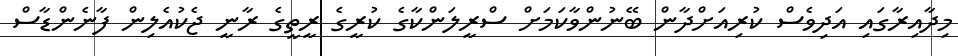
މިދާއިރާގައި އަދިވެސް ކުރިއަށްދާން ބޭނުންވާކަމަށް ސްރީލަންކާގެ ކުރީގެ ރީތީގެ ރާނީ ޖެކުއެލިން ފާނެންޑާސް